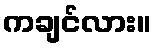
ကချင်လား။